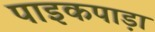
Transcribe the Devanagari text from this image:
पाइकपाड़ा